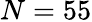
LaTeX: N=55